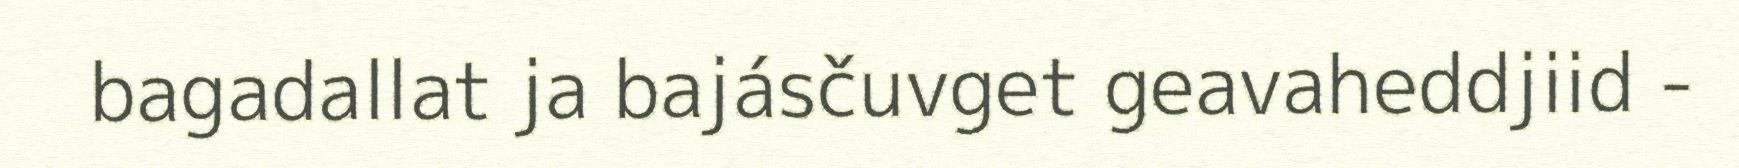
bagadallat ja bajásčuvget geavaheddjiid -